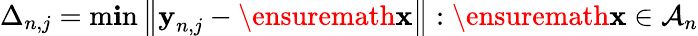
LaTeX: \Delta_{n,j}=\operatorname*{m\mathbf{i}n}\left\| \textbf{{y}}_{n,j}-\ensuremath{{\mathbf{{x}}}}\right\| :\ensuremath{{\mathbf{{x}}}}\in\mathcal{{A}}_{n}